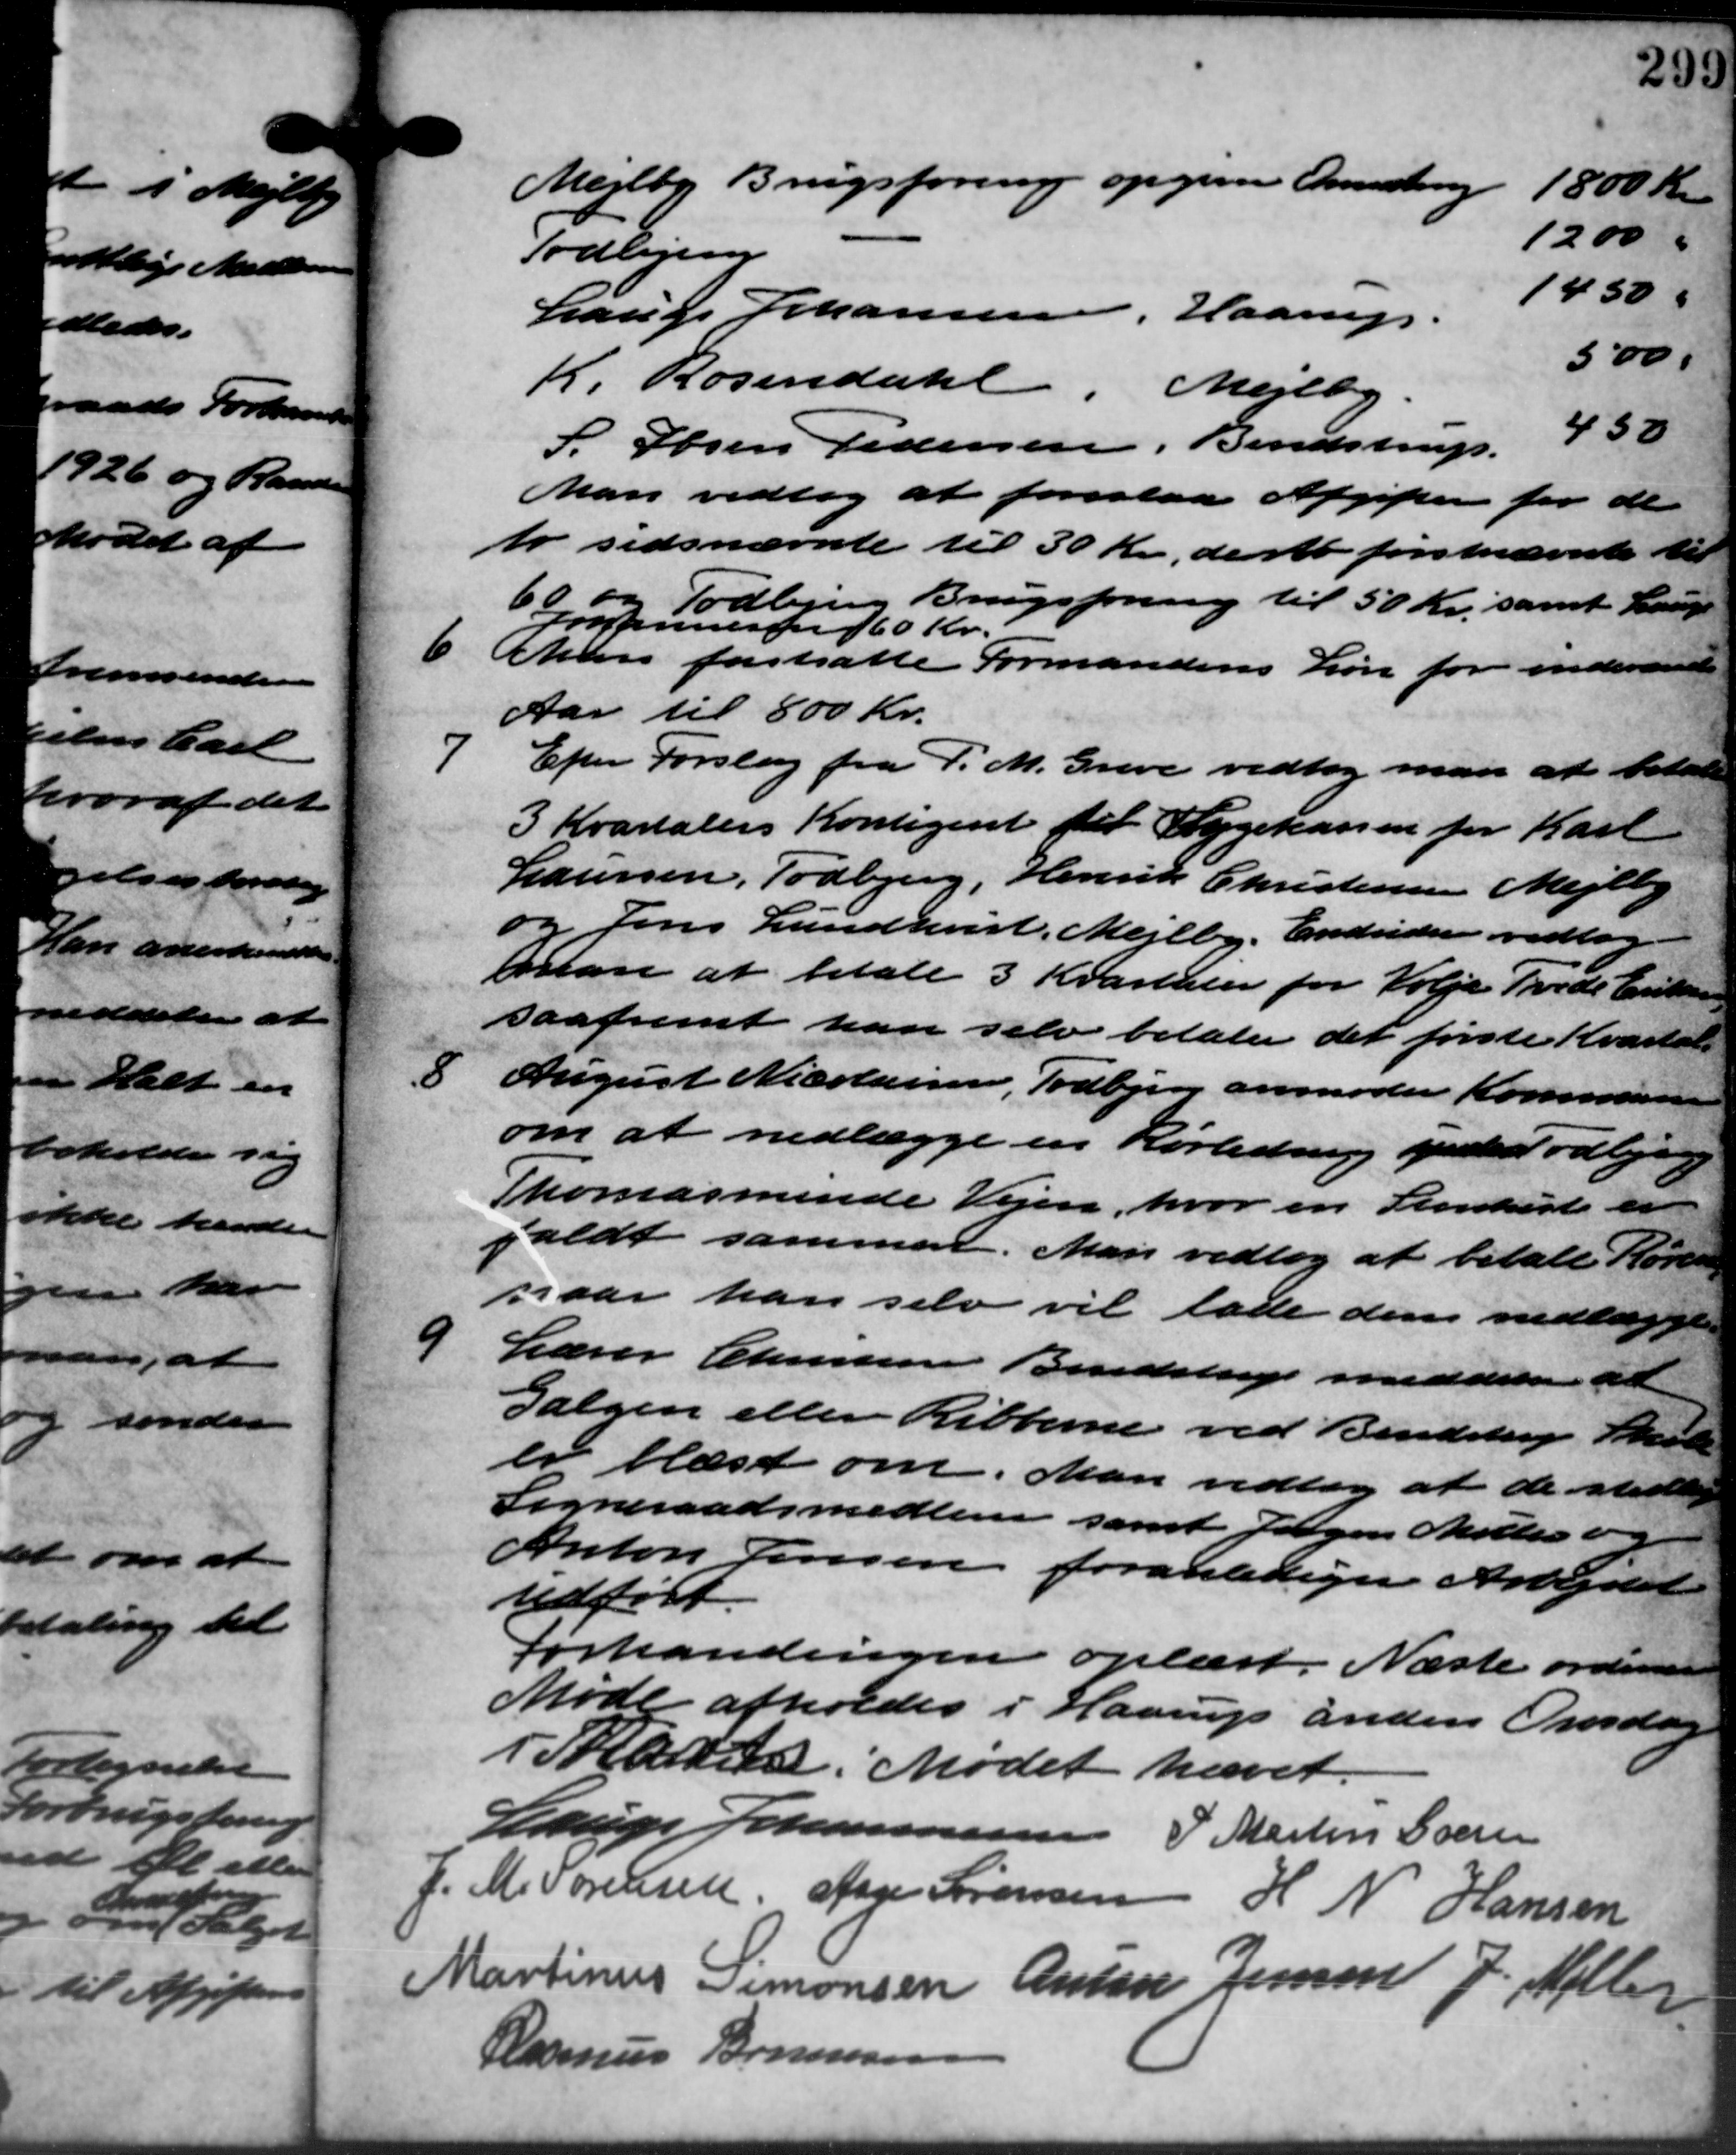
Transskription:
Mejlby Brugsforening opgiver Omsætning
1800 Kr
1200 "
Todbjerg
1450 "
Lauge Johannesen, Haarup.
500
K. Rosendahl, Mejlby
430
S. Søren Pedersen, Bendstrup.
Man vedtog at foreslaa Afgifter for de
to sidsnævnte til 50 Kr., de at førstnævnte til
og Todbjerg Brugsforening til 50 Kr. samt Lauge
forannesen 160 Kr.
6 Man fastsatte Formandens Løn for indeværende
6 Man fastsatte Formandens Løn for indeværende
Aar til 800 Kr.
7
Efter Forslag fra P. M. Greve vedtog man at betale
3 Kvartalers Kontigent til Sygekassen for Karl
Laursen, Todbjerg, Henrik Christensen Mejlby
og Jens Lundhist. Mejlby. Endvider vedtog
man at betale 3 Kvartester for følge Frede Enken
saafremt han selv betale det første Kvartal
8
August Nicolaine, Todbjerg anmoder Kommunen
om at nedlægge en Rørledning midler Todbjerg
komasminde Vejen, hvor en Stakiste er
faldt sammen. Man vedtog at betale Kørse
naar han selv vil lade den nedlægge

Lærer Christensen Bendstrup meddeler at
Sælgen eller Ribberne ved Bendstrup Skole
er blæst om. Man vedtog at de stedes
Sogneraadsmedlem samt Jørgen Meller og
Anton Jensen foranlediger Arbejdet
udført.
Forhandlingen oplæst. Næste ordinære
Møde afholdes i Haarup anden Onsdag
i Skatten. Mødet hævet
Lauge Johannesen P. Martin Sverin
J. M. Sørensen, Aage Sørensen H N Hansen
Martinus Simonsen Anton Jensen J. Mølle
Rasmus Bonnesen